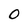
Character: 0